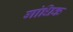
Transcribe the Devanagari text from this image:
गांधिक